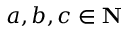
a , b , c \in \mathbf { N }